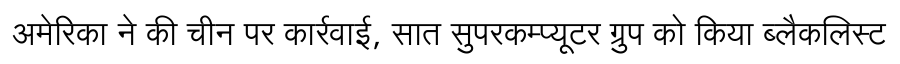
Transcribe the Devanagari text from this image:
अमेरिका ने की चीन पर कार्रवाई, सात सुपरकम्प्यूटर ग्रुप को किया ब्लैकलिस्ट